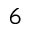
6